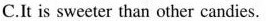
C.It is sweeter than other candies.